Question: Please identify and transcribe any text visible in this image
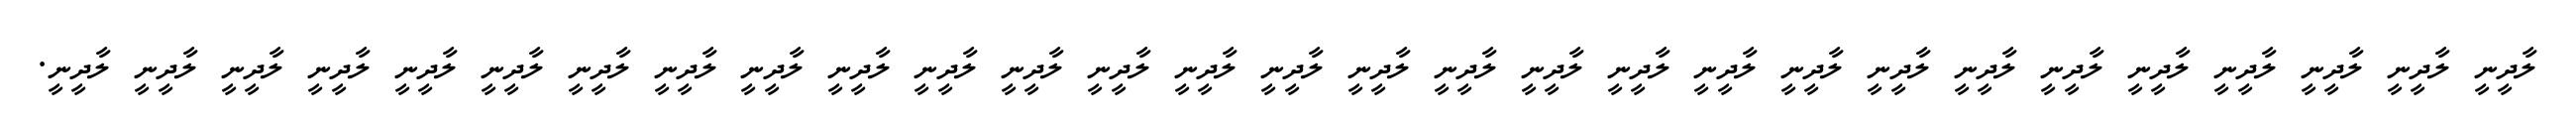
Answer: ލާދީނީ ލާދީނީ ލާދީނީ ލާދީނީ ލާދީނީ ލާދީނީ ލާދީނީ ލާދީނީ ލާދީނީ ލާދީނީ ލާދީނީ ލާދީނީ ލާދީނީ ލާދީނީ ލާދީނީ ލާދީނީ ލާދީނީ ލާދީނީ ލާދީނީ ލާދީނީ ލާދީނީ ލާދީނީ ލާދީނީ ލާދީނީ ލާދީނީ ލާދީނީ ލާދީނީ ލާދީނީ ލާދީނީ.